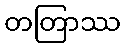
တတြာဿ